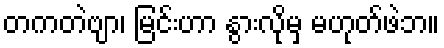
တကတဲဗျာ၊ မြင်းဟာ နွားလိုမှ မဟုတ်ဖဲဘ။